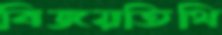
বিজয়তিথি